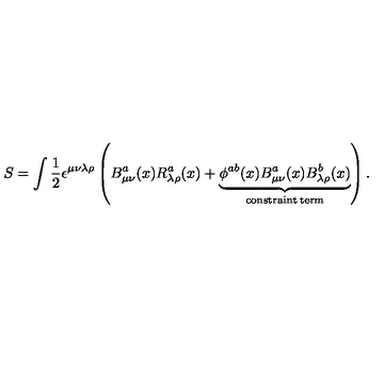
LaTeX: S = \int \frac { 1 } { 2 } \epsilon ^ { \mu \nu \lambda \rho } \left( B _ { \mu \nu } ^ { a } ( x ) R _ { \lambda \rho } ^ { a } ( x ) + \underbrace { \phi ^ { a b } ( x ) B _ { \mu \nu } ^ { a } ( x ) B _ { \lambda \rho } ^ { b } ( x ) } _ { \mathrm { c o n s t r a i n t \: t e r m } } \right) .